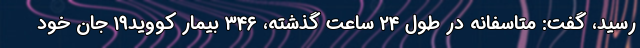
رسید، گفت: متاسفانه در طول ۲۴ ساعت گذشته، ۳۴۶ بیمار کووید۱۹ جان خود